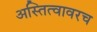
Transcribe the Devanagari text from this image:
अस्तित्वावरच